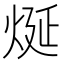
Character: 烻